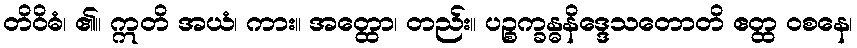
တိဝိဓံ၊ ၏။ ဣတိ အယံ၊ ကား။ အတ္ထော၊ တည်း။ ပဉ္စက္ခန္ဓနိဒ္ဒေသတောတိ ဧတ္ထ ဝစနေ၊